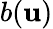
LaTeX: b(\mathbf{u})